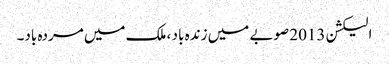
الیکشن 2013 صوبے میں زندہ باد ، ملک میں مردہ باد۔